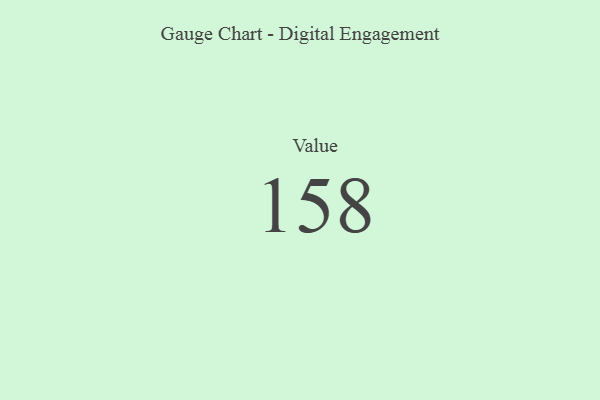
{"axis": {"x": "Metric", "y": "Value"}, "legend": [""], "data": [{"x": "Value", "y": 158, "type": ""}]}